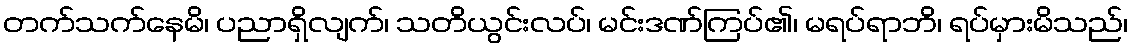
တက်သက်နေမိ၊ ပညာရှိလျက်၊ သတိယွင်းလပ်၊ မင်းဒဏ်ကြပ်၏၊ မရပ်ရာဘိ၊ ရပ်မှားမိသည်၊